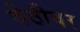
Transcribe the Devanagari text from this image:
वेठीवर